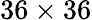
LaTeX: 36\times 36